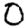
Digit: 0